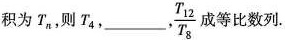
积T_{n},T_{4},___,\frac{ T _ { 12 } } { T _ { 8 } }成等比数列.